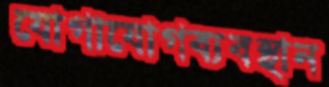
যোগাযোগব্যবস্থান